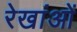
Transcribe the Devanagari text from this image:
रेखांओं